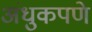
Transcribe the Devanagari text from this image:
अंधुकपणे